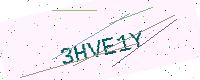
Text: 3HVE1Y